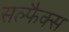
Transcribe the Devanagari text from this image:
सल्फैक्स